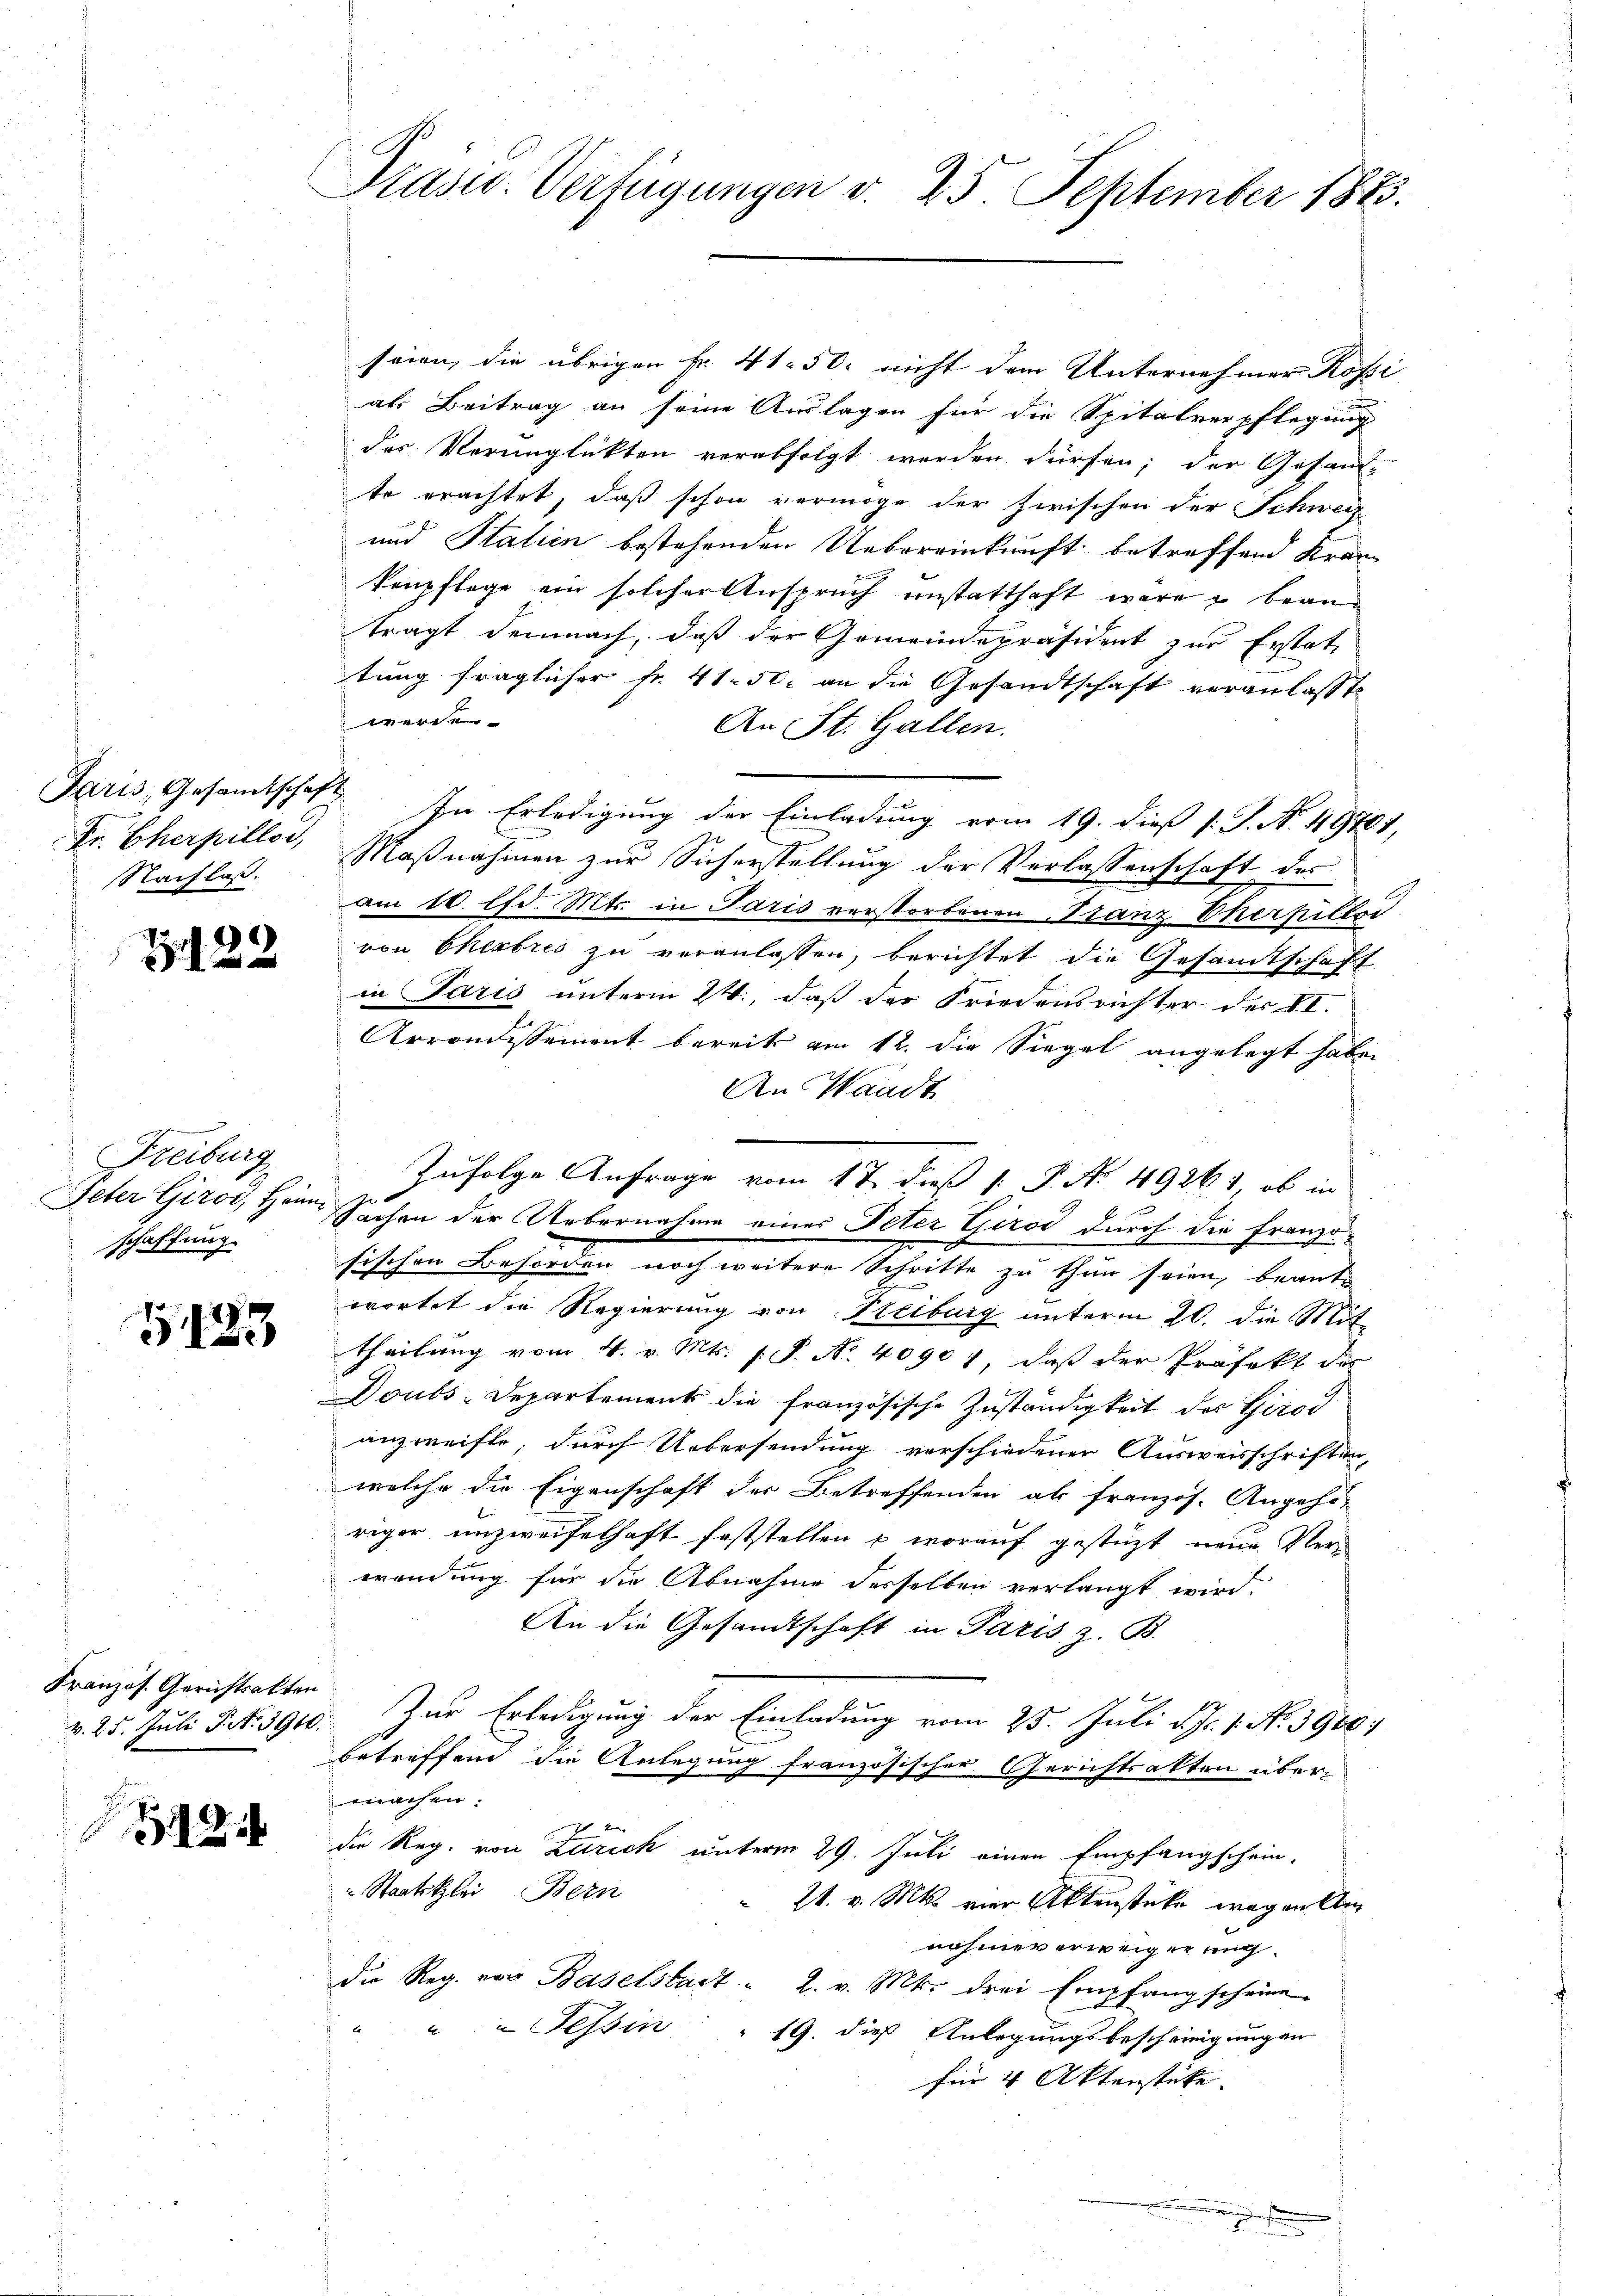
Paris, Gesandtschaft
Dr. Cherpillos,
Nachlass.

522

Freiburg
Peter Giroi, Heimschaffung.

1483

Französ. Gerichtsakten

2

Präsid.. Verfügungen v. 25. September 1883.

seien, die übrigen Fr. 41. 50. nicht dem Unternehmer Rossi
als Beitrag an seine Auslagen für die Spitalverpflegung
des Verunglückten verabfolgt werden dürfen; der Gesand-
te erachtet, daß schon vermöge der zwischen der Schweiz
und Stalien bestehenden Uebereinkunft betreffend Krankenpflege ein solcher Anspruch unstatthaft wäre u beanträgt demnach, daß der Gemeindepräsident zur Erstattung fraglicher Fr. 41. 50. an die Gesandtschaft veranlasst
erie
An St. Gallen.
In Erledigung der Einladung vom 19. dieß P. Nr. 49701,
Maßnahmen zur Sicherstellung der Verlassenschaft des
am 10. lfd. Mts. in Paris verstorbenen Franz-Cherfiller
von Cherbres zu veranlassen, berichtet die Gesandtschaft
in Paris unterm 24., daß der Friedensrichter der II.
Arrondissement bereits am 12. die Siegel angelegt haben
An Waadt
sischen Beförden noch weitere Schritte zu thun seien, beant-
wortet die Regierung von Freiburg unterm 20. die Mit
theilung vom 4. v. Mts. f. P. No. 40901, daß der Präfekt der
Doubs-Departement die Französische Zuständigkeit der Giroi
anzweifte, durch Uebersendung verschiedener Ausweisschriften,
welche die Eigenschaft der Betreffenden als französ. Angehö-
riger unzweifelhaft feststellen & worauf gestüzt neue Ver-
wendung für die Abnahme derselben verlangt wird.
An die Gesandtschaft in Paris, z. B.
v. 25. Juli S. N. 3900. Zur Erledigung der Einladung vom 25. Juli d. J. 1. No. 3900/
betreffend die Anlegung französischer Gerichtsakten übermachen.
die Reg. von Zürich unterm 29. Juli einen Empfangschein-
" Staatsklei Bern
24. v. Mts. vier Aktenstücke wegen Um
nahmeverweiger ung
die Reg. von Baselstadt - 2. v. Mt. drei Empfang scheine
s
u Tessin " 19. dieß Anlegungsbescheinigungen
für 4 Aktenstücke. |

Zufolge Anfrage vom 17. dieß 1. P. No 49261, ob in
Sachen der Uebernahme eines Peter Giroi durch die Franzö¬

r